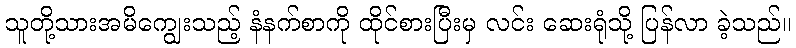
သူတို့သားအမိကျွေးသည့် နံနက်စာကို ထိုင်စားပြီးမှ လင်း ဆေးရုံသို့ ပြန်လာ ခဲ့သည်။